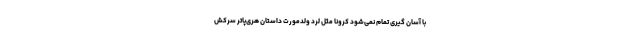
با آسان گیری تمام نمی‌شود کرونا مثل لُرد ولدمورت داستان هری‌پاتر سرکش